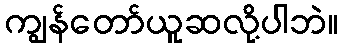
ကျွန်တော်ယူဆလို့ပါဘဲ။